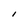
Character: I